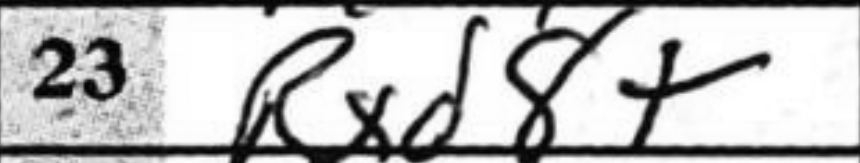
Transcription: Rxd8+